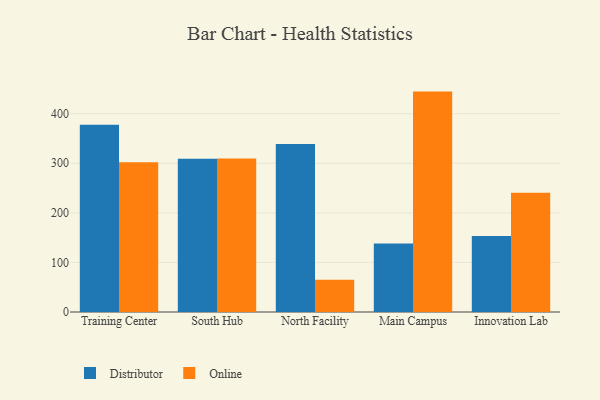
{"axis": {"x": "Campus", "y": "Page Views"}, "legend": ["Distributor", "Online"], "data": [{"x": "Training Center", "y": 377.5, "type": "Distributor"}, {"x": "Training Center", "y": 302.2, "type": "Online"}, {"x": "South Hub", "y": 309.2, "type": "Distributor"}, {"x": "South Hub", "y": 309.6, "type": "Online"}, {"x": "North Facility", "y": 339.1, "type": "Distributor"}, {"x": "North Facility", "y": 65.1, "type": "Online"}, {"x": "Main Campus", "y": 138.2, "type": "Distributor"}, {"x": "Main Campus", "y": 444.6, "type": "Online"}, {"x": "Innovation Lab", "y": 153.4, "type": "Distributor"}, {"x": "Innovation Lab", "y": 240.6, "type": "Online"}]}